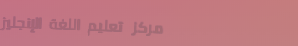
مركز تعليم اللغة الإنجليز